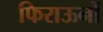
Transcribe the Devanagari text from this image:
फिराऊनों